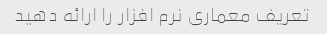
تعریف معماری نرم افزار را ارائه دهید